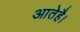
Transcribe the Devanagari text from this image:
आतेहै।